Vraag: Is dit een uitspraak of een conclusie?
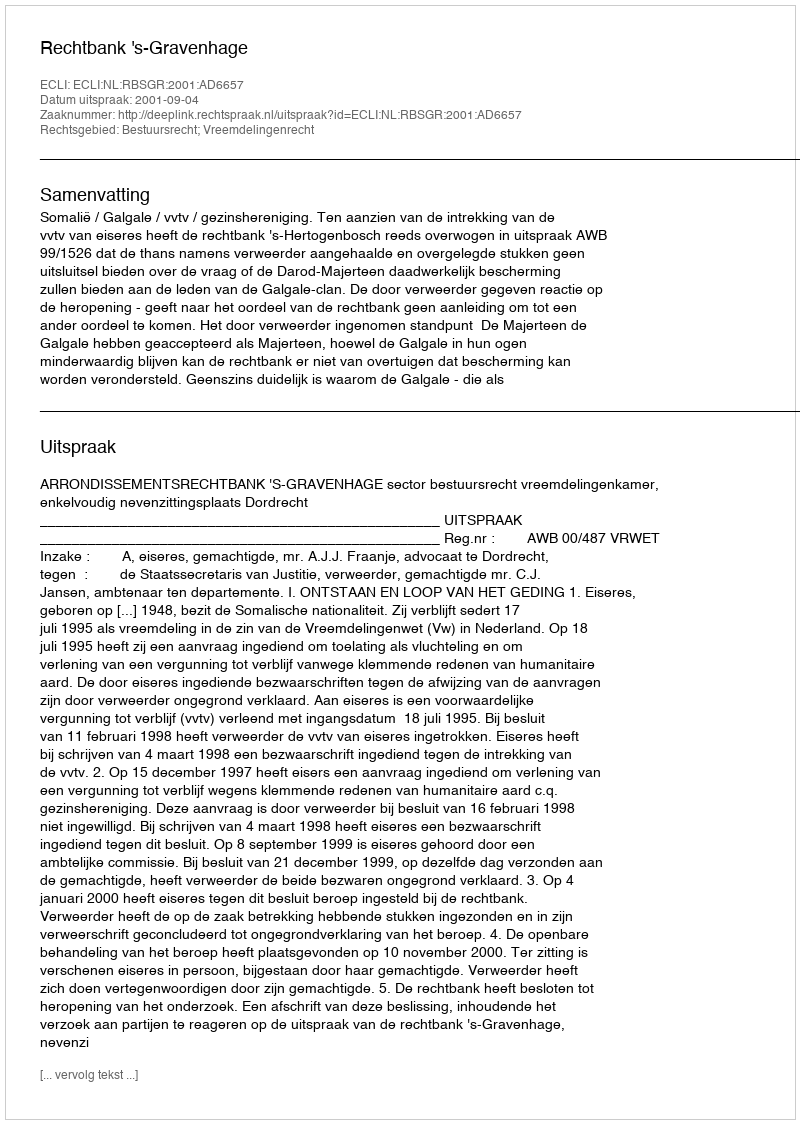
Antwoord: Uitspraak